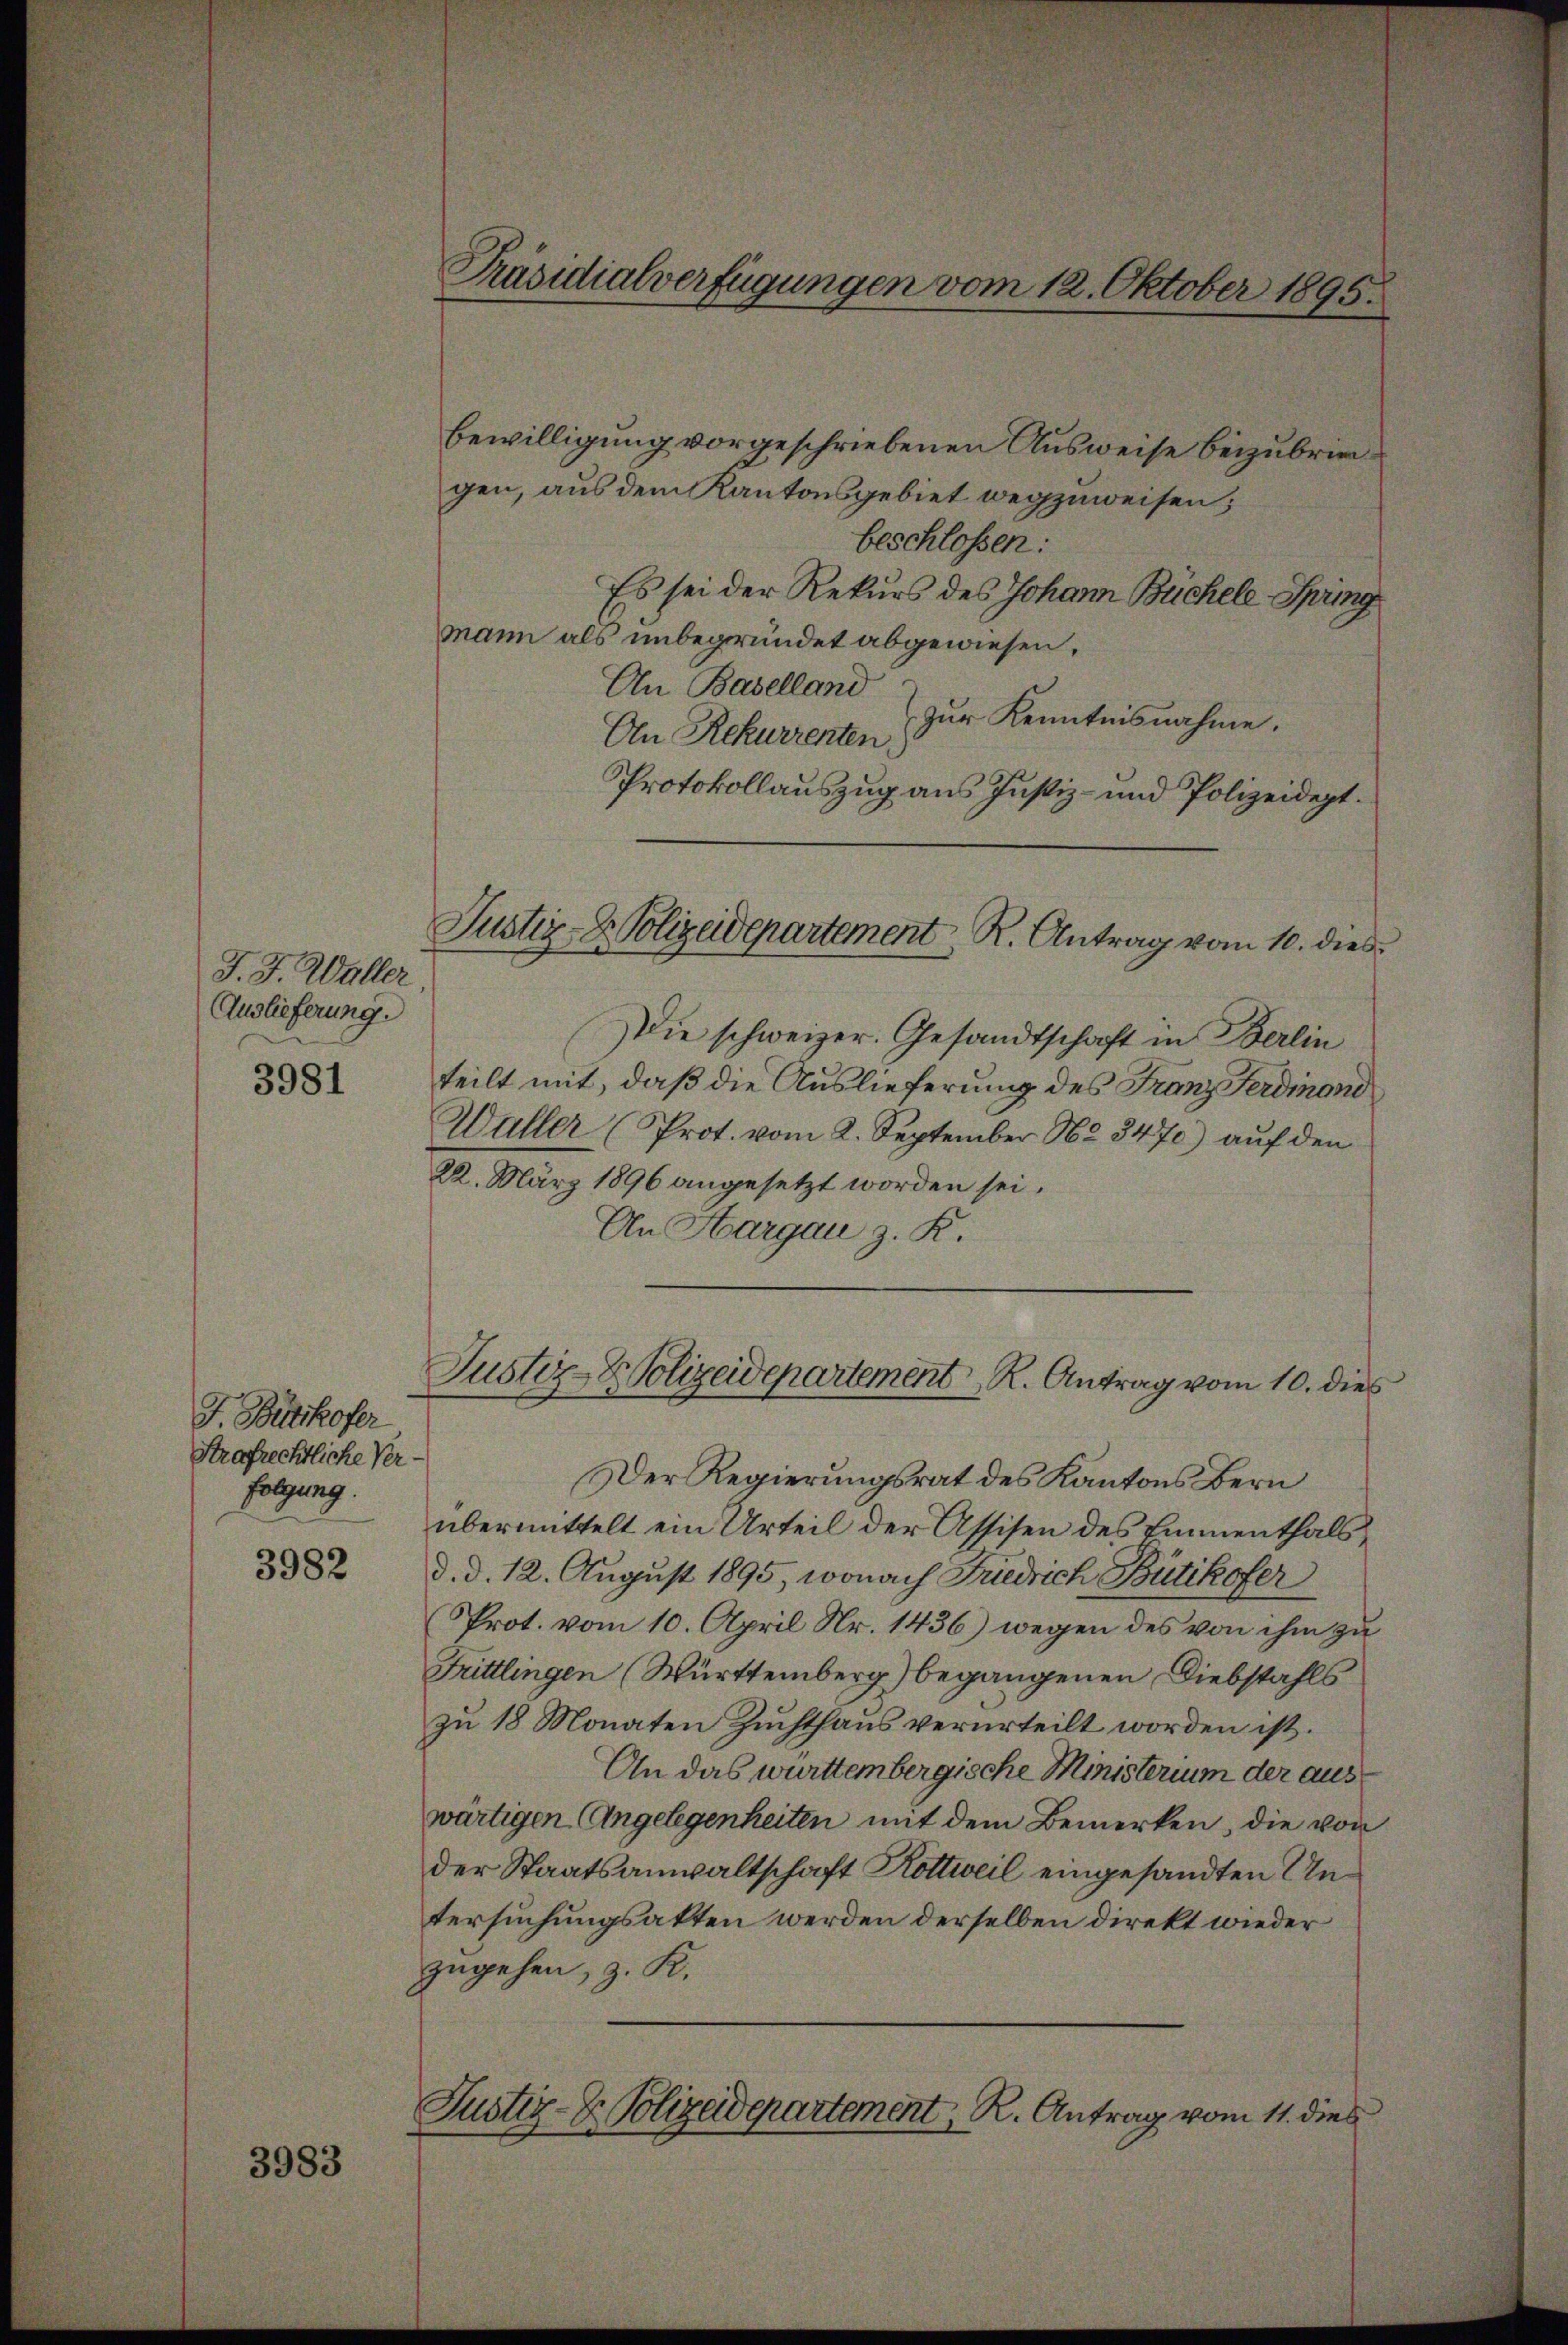
J. J. Waller
Auslieferung.

3981

J. Büttikofer
Strafrechtliche Verfolgung.

3982

3983

Präsidialverfügungen vom 12. Oktober 1895.

Bewilligung vorgeschriebenen Ausweise beizubringen, aus dem Kantonsgebiet wegzuweisen;
beschlossen:
Es sei der Rekurs des Johann Buchele Spring
mann als unbegründet abgewiesen,
An Baselland
zur Kenntnisnahme.
An Rekurrenten)
Protokollauszug aus Justiz- und Polizeidept.
Die schweizer. Gesandtschaft in Berlin
teilt mit, daß die Auslieferung des Franz Ferdinoni
Waller (Prot. vom 2. September No 3470) auf den
22. März 1896 angesetzt worden sei.
An Aargau z. K.
Justiz- & Polizeidepartement K. Antrag vom 10. dies
Der Regierungsrat des Kantons Bern
übermittelt ein Urteil der Assisen des Emmenthals
d. d. 12. August 1895, wonach Friedrich Bütikofer
Prot. vom 10. April Nr. 1436) wegen des von ihm zu
Frittlingen (Württemberg) begangenen Diebstahls
zu 18 Monaten Zuchthaus verurteilt worden ist.
An das württembergische Ministerium der aus
wärtigen Angelegenheiten mit dem Bemerken, die von
der Staatsanwaltschaft Kottweil eingesandten Untersuchungsakten werden derselben direkt wieder
zugehen, z. K.
Justiz- & Polizeidepartement, R. Antrag vom 11. dies

Justiz- & Polizeidepartement, R. Antrag vom 10. dies